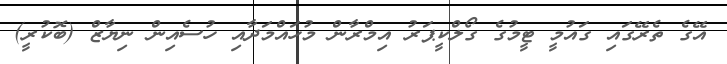
އޭގެ ތެރޭގައި ގައުމީ ޓީމުގެ ގޯލްކީޕަރު އިމްރާން މުހައްމަދާއި ހުސެއިން ނިޔާޒް (ބޮކުރީ)